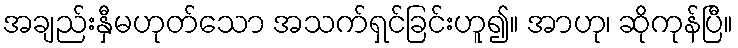
အချည်းနှီမဟုတ်သော အသက်ရှင်ခြင်းဟူ၍။ အာဟု၊ ဆိုကုန်ပြီ။